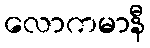
လောကမာနီ